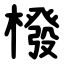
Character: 橃